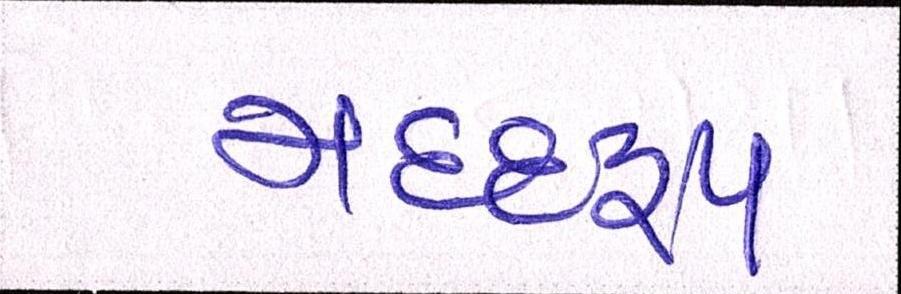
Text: મદદરુપ